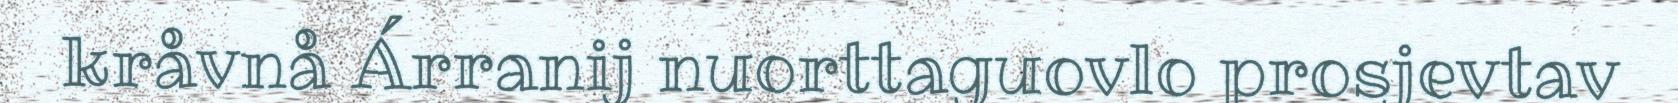
kråvnå Árranij nuorttaguovlo prosjevtav